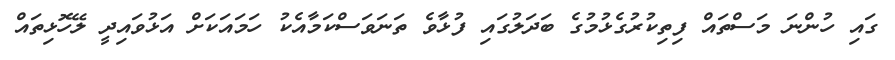
ގައި ހުންނަ މަސްތައް ފިތިކުރުގެޅުމުގެ ބަދަލުގައި ފުޅާވެ ތަނަވަސްކަމާއެކު ހަމައަކަށް އަޅުވައިދީ ލޭހޮޅިތައް